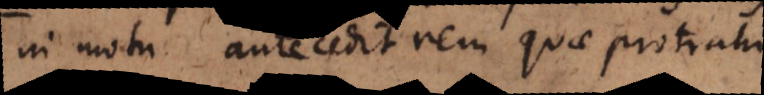
in motu antecedit rem quae protrahi